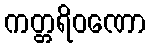
ကတ္တရိဝဏော